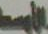
الأوسط